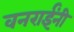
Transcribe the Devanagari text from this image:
वनराईंनी